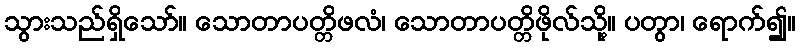
သွားသည်ရှိသော်။ သောတာပတ္တိဖလံ၊ သောတာပတ္တိဖိုလ်သို့။ ပတွာ၊ ရောက်၍။